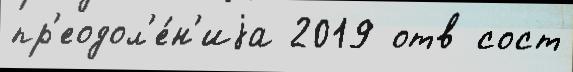
пр'еодол'е́н'иjа 2019 отв сост